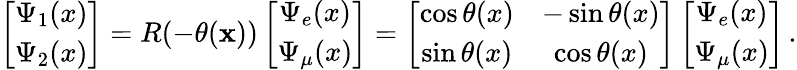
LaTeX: \left[\begin{array}{cc}{{\Psi_{1}(x)}}\\ {{\Psi_{2}(x)}}\end{array}\right]=R(-\theta(\mathbf{x}))\left[\begin{array}{cc}{{\Psi_{e}(x)}}\\ {{\Psi_{\mu}(x)}}\end{array}\right]=\left[\begin{array}{cc}{{\cos{\theta(x)}}}&{{-\sin{\theta(x)}}}\\ {{\sin{\theta(x)}}}&{{\cos{\theta(x)}}}\end{array}\right]\left[\begin{array}{cc}{{\Psi_{e}(x)}}\\ {{\Psi_{\mu}(x)}}\end{array}\right]\, .